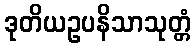
ဒုတိယဥပနိသာသုတ္တံ